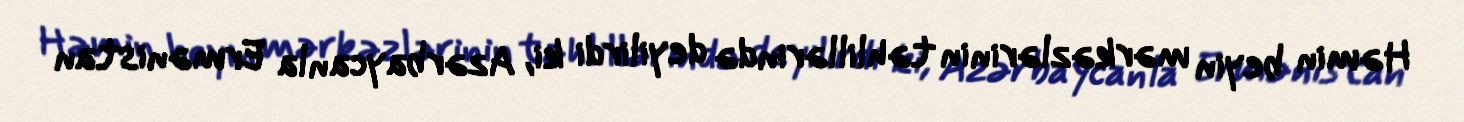
Həmin beyin mərkəzlərinin təhlillərində deyilirdi ki, Azərbaycanla Ermənistan